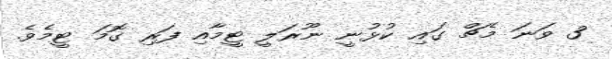
3 ވަނަ މެޗް ގައި ކުޅުނީ ނޫރަލީ ޓީމާއި ފަރި ގޮމަ ޓީމެވެ.